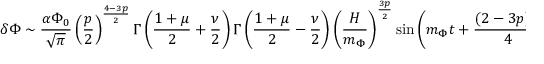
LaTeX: \delta \Phi \sim \frac { \alpha \Phi _ { 0 } } { \sqrt { \pi } } \left( \frac { p } { 2 } \right) ^ { \frac { 4 - 3 p } { 2 } } \Gamma \left( \frac { 1 + \mu } { 2 } + \frac { \nu } { 2 } \right) \Gamma \left( \frac { 1 + \mu } { 2 } - \frac { \nu } { 2 } \right) \left( \frac { H } { m _ { \Phi } } \right) ^ { \frac { 3 p } { 2 } } \sin \left( m _ { \Phi } t + \frac { ( 2 - 3 p ) \pi } { 4 } \right)